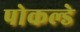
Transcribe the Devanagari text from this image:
पोकल्डे